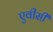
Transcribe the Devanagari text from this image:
एवीसी